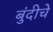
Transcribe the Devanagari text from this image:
बुंदीचे